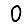
Digit: 0